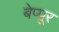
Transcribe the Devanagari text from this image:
बेप्पूर